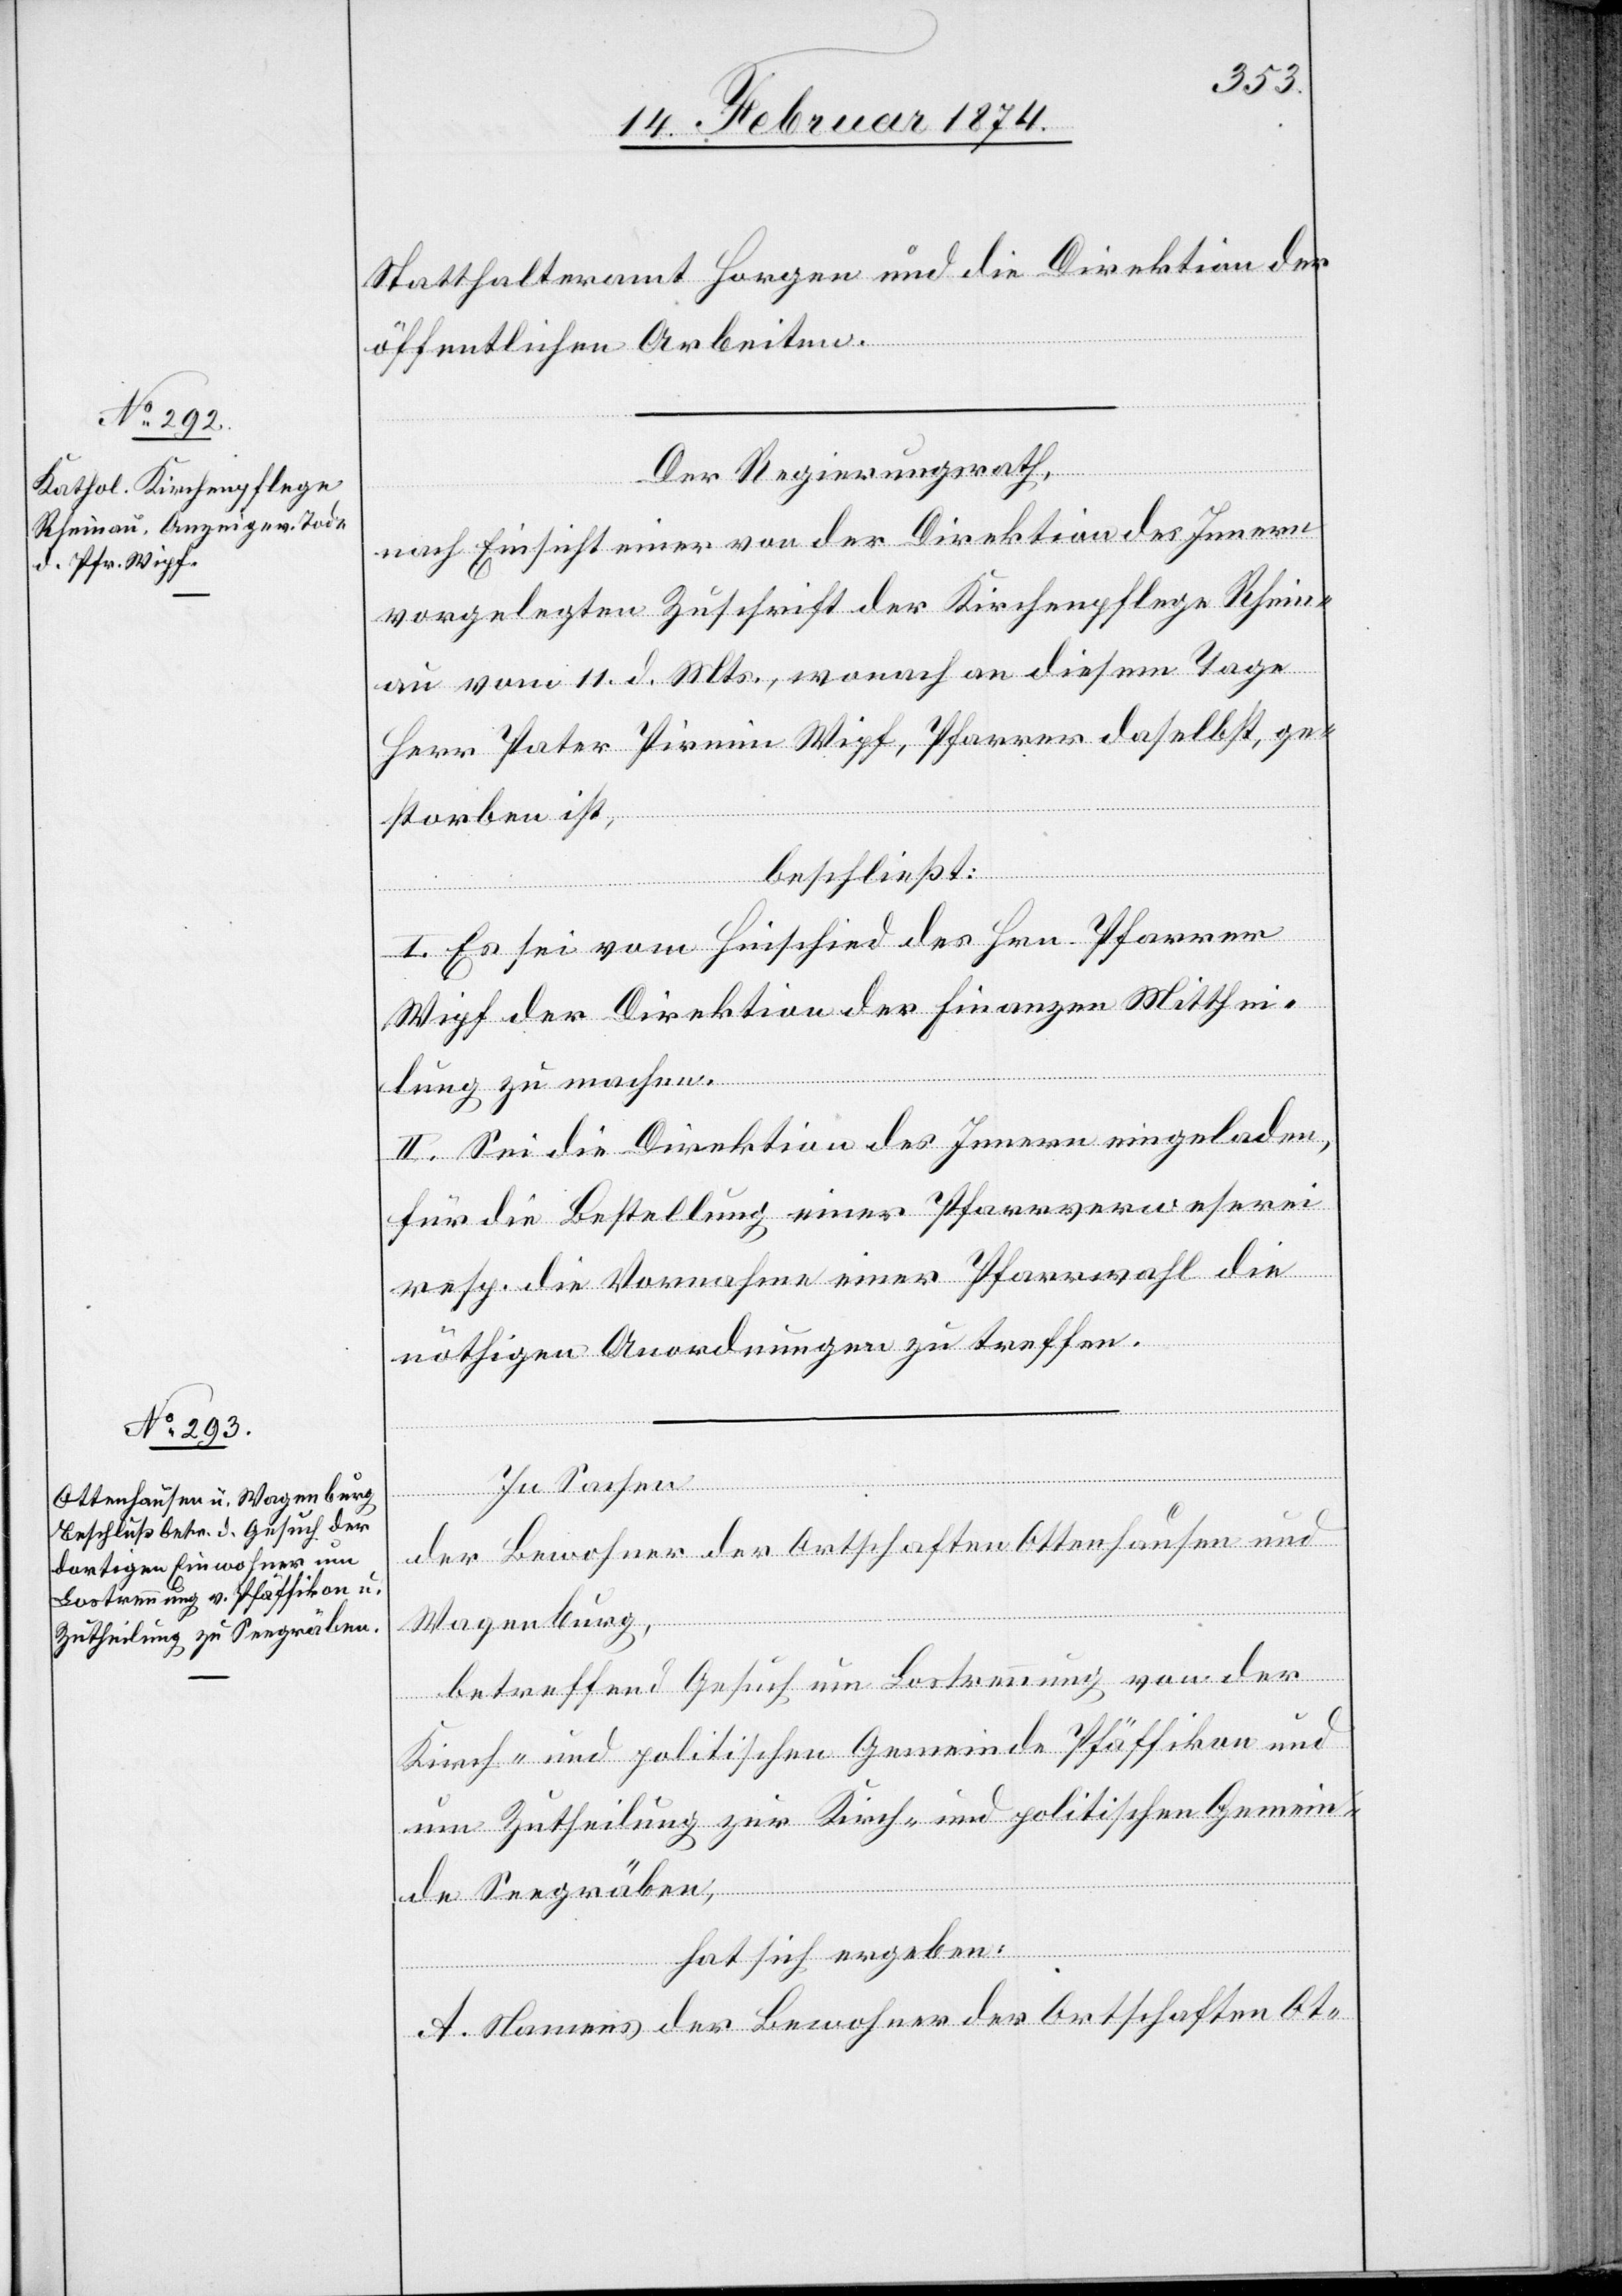
Statthalteramt Horgen und die Direktion der
öffentlichen Arbeiten.
Der Regierungsrath,
nach Einsicht einer von der Direktion des Innern
vorgelegten Zuschrift der Kirchenpflege Rhein¬
au vom 11. d. Mts., wonach an diesem Tage
Herr Pater Pirmin Wipf, Pfarrer daselbst, ge¬
storben ist,
beschließt:
I. Es sei vom Hinschied des Hrn. Pfarrer
Wipf der Direktion der Finanzen Mitthei¬
lung zu machen.
II. Sei die Direktion des Innern eingeladen,
für die Bestellung einer Pfarrverweserei
resp. die Vornahme einer Pfarrwahl die
nöthigen Anordnungen zu treffen.
In Sachen
der Bewohner der Ortschaften Ottenhausen und
Wagenburg,
betreffend Gesuch um Lostrennung von der
Kirch- und politischen Gemeinde Pfäffikon und
um Zutheilung zur Kirch- und politischen Gemein¬
de Seegräben,
hat sich ergeben:
A. Namens der Bewohner der Ortschaften Ot-